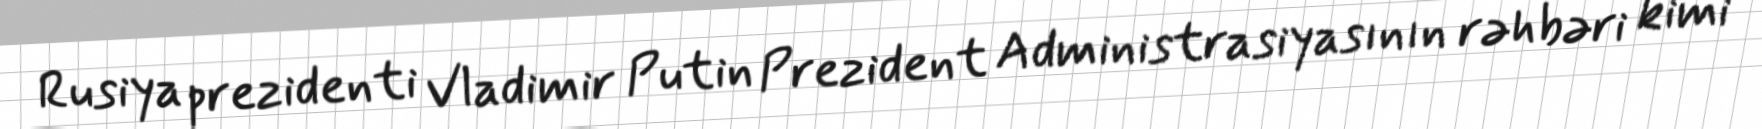
Rusiya prezidenti Vladimir Putin Prezident Administrasiyasının rəhbəri kimi